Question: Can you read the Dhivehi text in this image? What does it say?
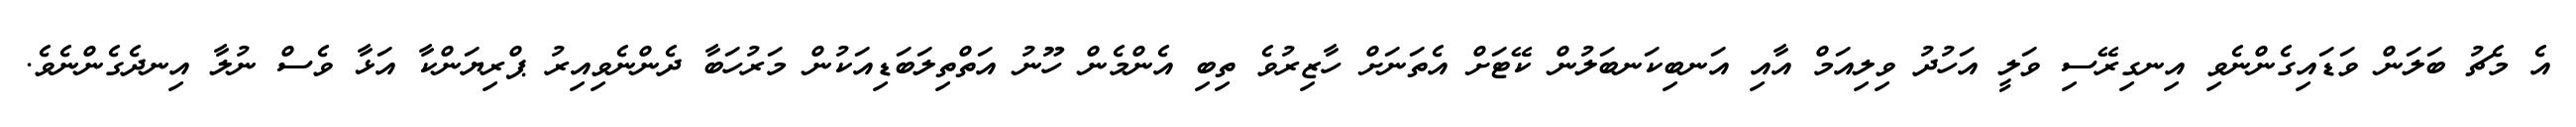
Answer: އެ މެޗު ބަލަން ވަޑައިގެންނެވި އިނގިރޭސި ވަލީ އަހުދު ވިލިއަމް އާއި އަނބިކަނބަލުން ކޭޓަށް އެތަނަށް ހާޒިރުވެ ތިބި އެންމެން ހޫނު އަތްތިލަބަޑިއަކުން މަރުހަބާ ދެންނެވިއިރު ޕްރިޔަންކާ އަޅާ ވެސް ނުލާ އިނދެގެންނެވެ.